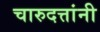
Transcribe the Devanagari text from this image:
चारुदत्तांनी